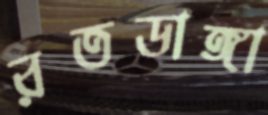
রতডাঙ্গা